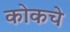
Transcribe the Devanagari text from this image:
कोकचे